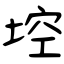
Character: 埪